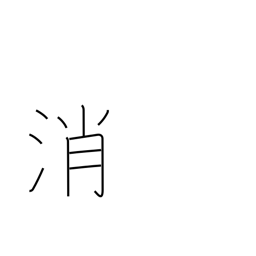
Meaning: neutralize